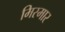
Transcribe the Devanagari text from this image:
मिस्मार